Report of the Hyderabad Chloroform Commission
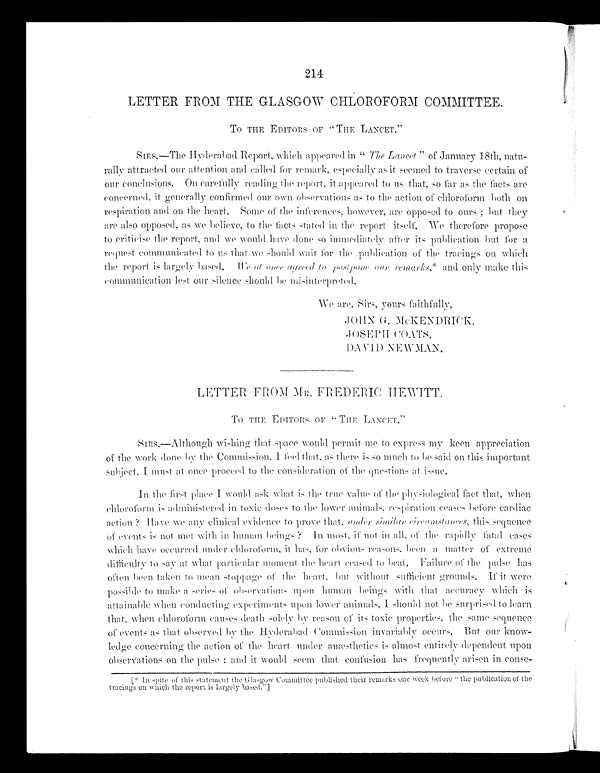
214
LETTER FROM THE GLASGOW CHLOROFORM COMMITTEE.
TO THE EDITORS OF " THE LANCET."
SIRS,—The Hyderabad Report, which appeared in " The Lancet " of January 18th , natu
-
rally attracted our attention and called for remark, especially as it seemed to traverse certain of
our conclusions. On carefully rending the report, it appeared to us that, so far as the facts are
concerned, it generally confirmed our own observations as to the action of chloroform both on
respiration and on the heart. Some of the inferences, however, are opposed to ours ; but they
are also opposed, as we believe, to the facts stated in the report itself. We therefore propose
to criticise the report, and we would have done so immediately after its publication but for a
request communicated to us that we should wait for the publication of the tracings on which
the report is largely based. We
at once agreed to postpone our remarks,*
and only make this
communication lest our silence should be misinterpreted.
C K .
LETTER FROM MR. FREDERIC HEWITT.
TO THE EDITORS OF "THE LANCET."
SIRS.—Although wishing that space would permit me to express my keen appreciation
of the work done by the Commission. I feel that, as there is so much to be said on this important
subject, I m us t at once proceed to the consideration of the questions at issue.
In the first place I would ask what is the true value of the physiological fact that, when
chloroform is administered in toxic doses to the lower animals, respiration ceases before cardiac
a c t i o n ? Ha v e we a n y c l i n i c a l e v i d e n c e t o p r o v e t h a t , u n d e r s i m i l a r c i r c u m s t a n c e s ,t
h i s s e q u e n c e
of events is not met with in human beings ? In most, if not in all, of the rapidly fatal eases
which have occurred under chloroform, it has, for obvious reasons, been a matter of extreme
difficulty to say at what particular moment the heart ceased to beat. Failure of the pulse has
often been taken to mean stoppage of the heart, but without sufficient grounds. If it were
possible to make a series of observations upon human beings with that accuracy which is
attainable when conducting experiments upon lower animals, should not be surprised to learn
that, when chloroform causes de ath solely by reason of its toxic properties, the same sequence
of events as that observed by the Hyderabad Commission invariably occurs. But our know
-
ledge concerning the action of the heart under anæsthetics is almost entirely dependent upon
observations on the pulse ; and it would seem that confusion has frequently arisen in conse-
[* In spite of this statement the Glasgow Committee published their remarks one week before "the publication of the
tracings on which the report is largely based."]